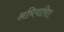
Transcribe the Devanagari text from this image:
अधियाचित